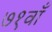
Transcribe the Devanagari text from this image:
७१वाँ